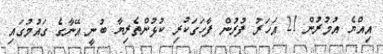
އިއްޔެ އުމުރުން 21 އަހަރު ފުރުން ފާހަގަކުރި ކުޅުންތެރިޔާ ބުނީ އޭނާގެ ގައުމުގައި